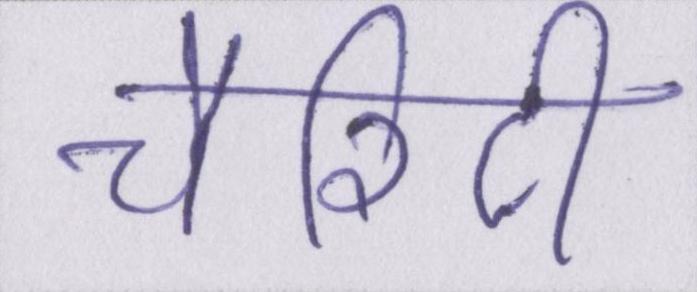
चैरिटी